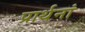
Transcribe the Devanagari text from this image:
प्रार्थनां